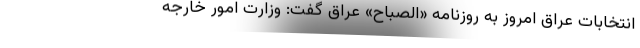
انتخابات عراق امروز به روزنامه «الصباح» عراق گفت: وزارت امور خارجه